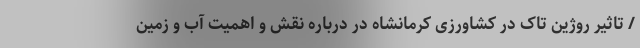
/ تاثیر روژین تاک در کشاورزی کرمانشاه در درباره نقش و اهمیت آب و زمین